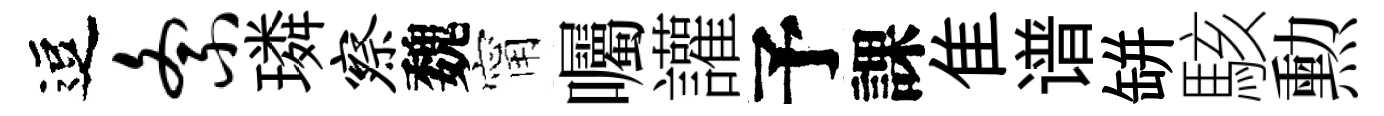
逗紊璘察魏甯囑讙予課隹谱缾駭勲